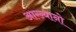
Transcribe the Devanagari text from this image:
आख्यानो